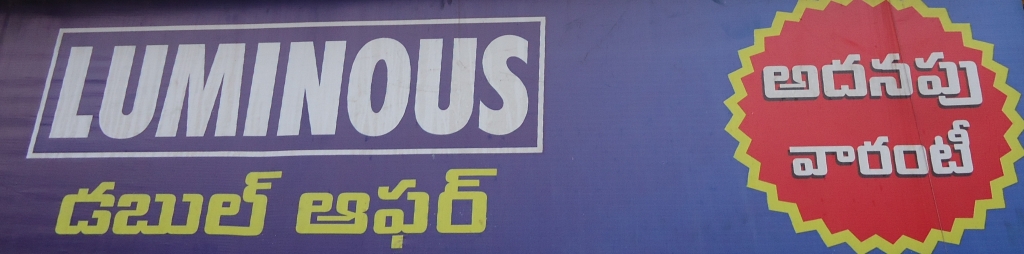
Language: telugu
Transcription: వారంటీ అదనపు డబుల్